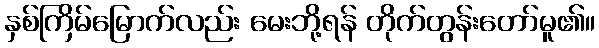
နှစ်ကြိမ်မြောက်လည်း မေးဘို့ရန် တိုက်တွန်းတော်မူ၏။